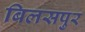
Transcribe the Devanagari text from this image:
बिलसपुर